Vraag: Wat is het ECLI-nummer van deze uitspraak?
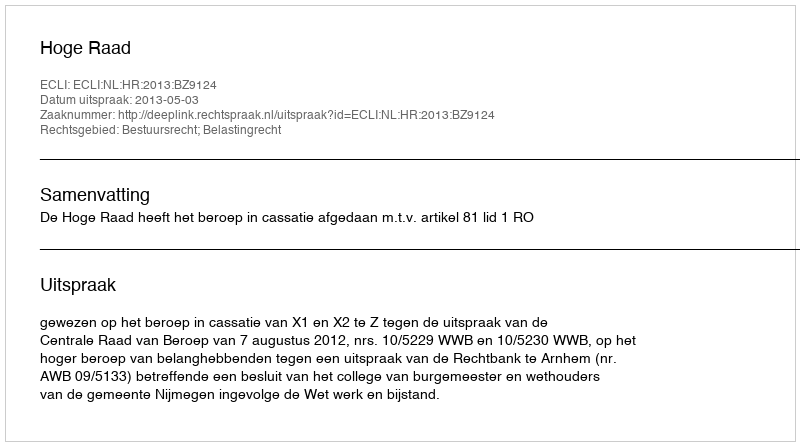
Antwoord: ECLI:NL:HR:2013:BZ9124